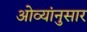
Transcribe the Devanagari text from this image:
ओव्यांनुसार